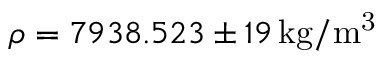
\rho = 7 9 3 8 . 5 2 3 \pm 1 9 \, \mathrm { k g / m ^ { 3 } }